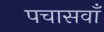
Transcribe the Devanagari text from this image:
पचासवाँ